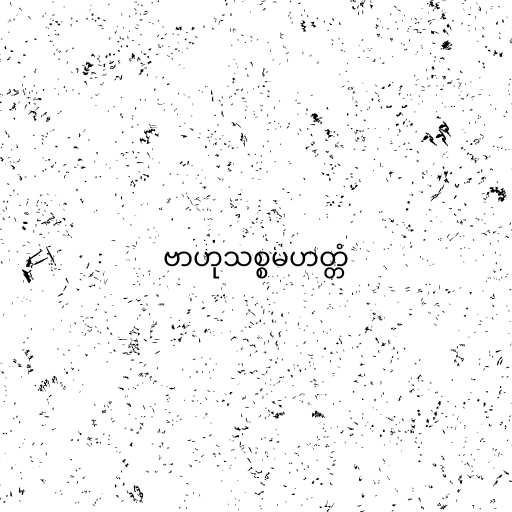
ဗာဟုသစ္စမဟတ္တံ